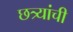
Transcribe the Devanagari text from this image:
छत्र्यांची